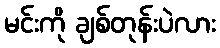
မင်းကို ချစ်တုန်းပဲလား